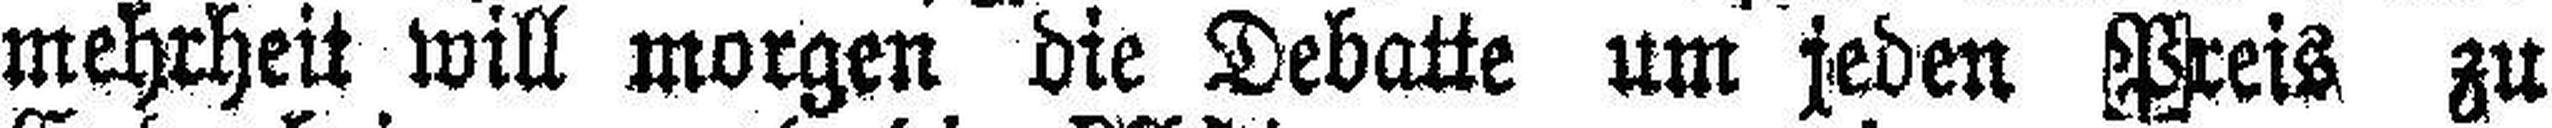
mehrheit will morgen die Debatte um jeden Preis zu